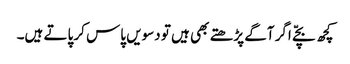
کچھ بچّے اگر آگے پڑھتے بھی ہیں تو دسویں پاس کر پاتے ہیں۔